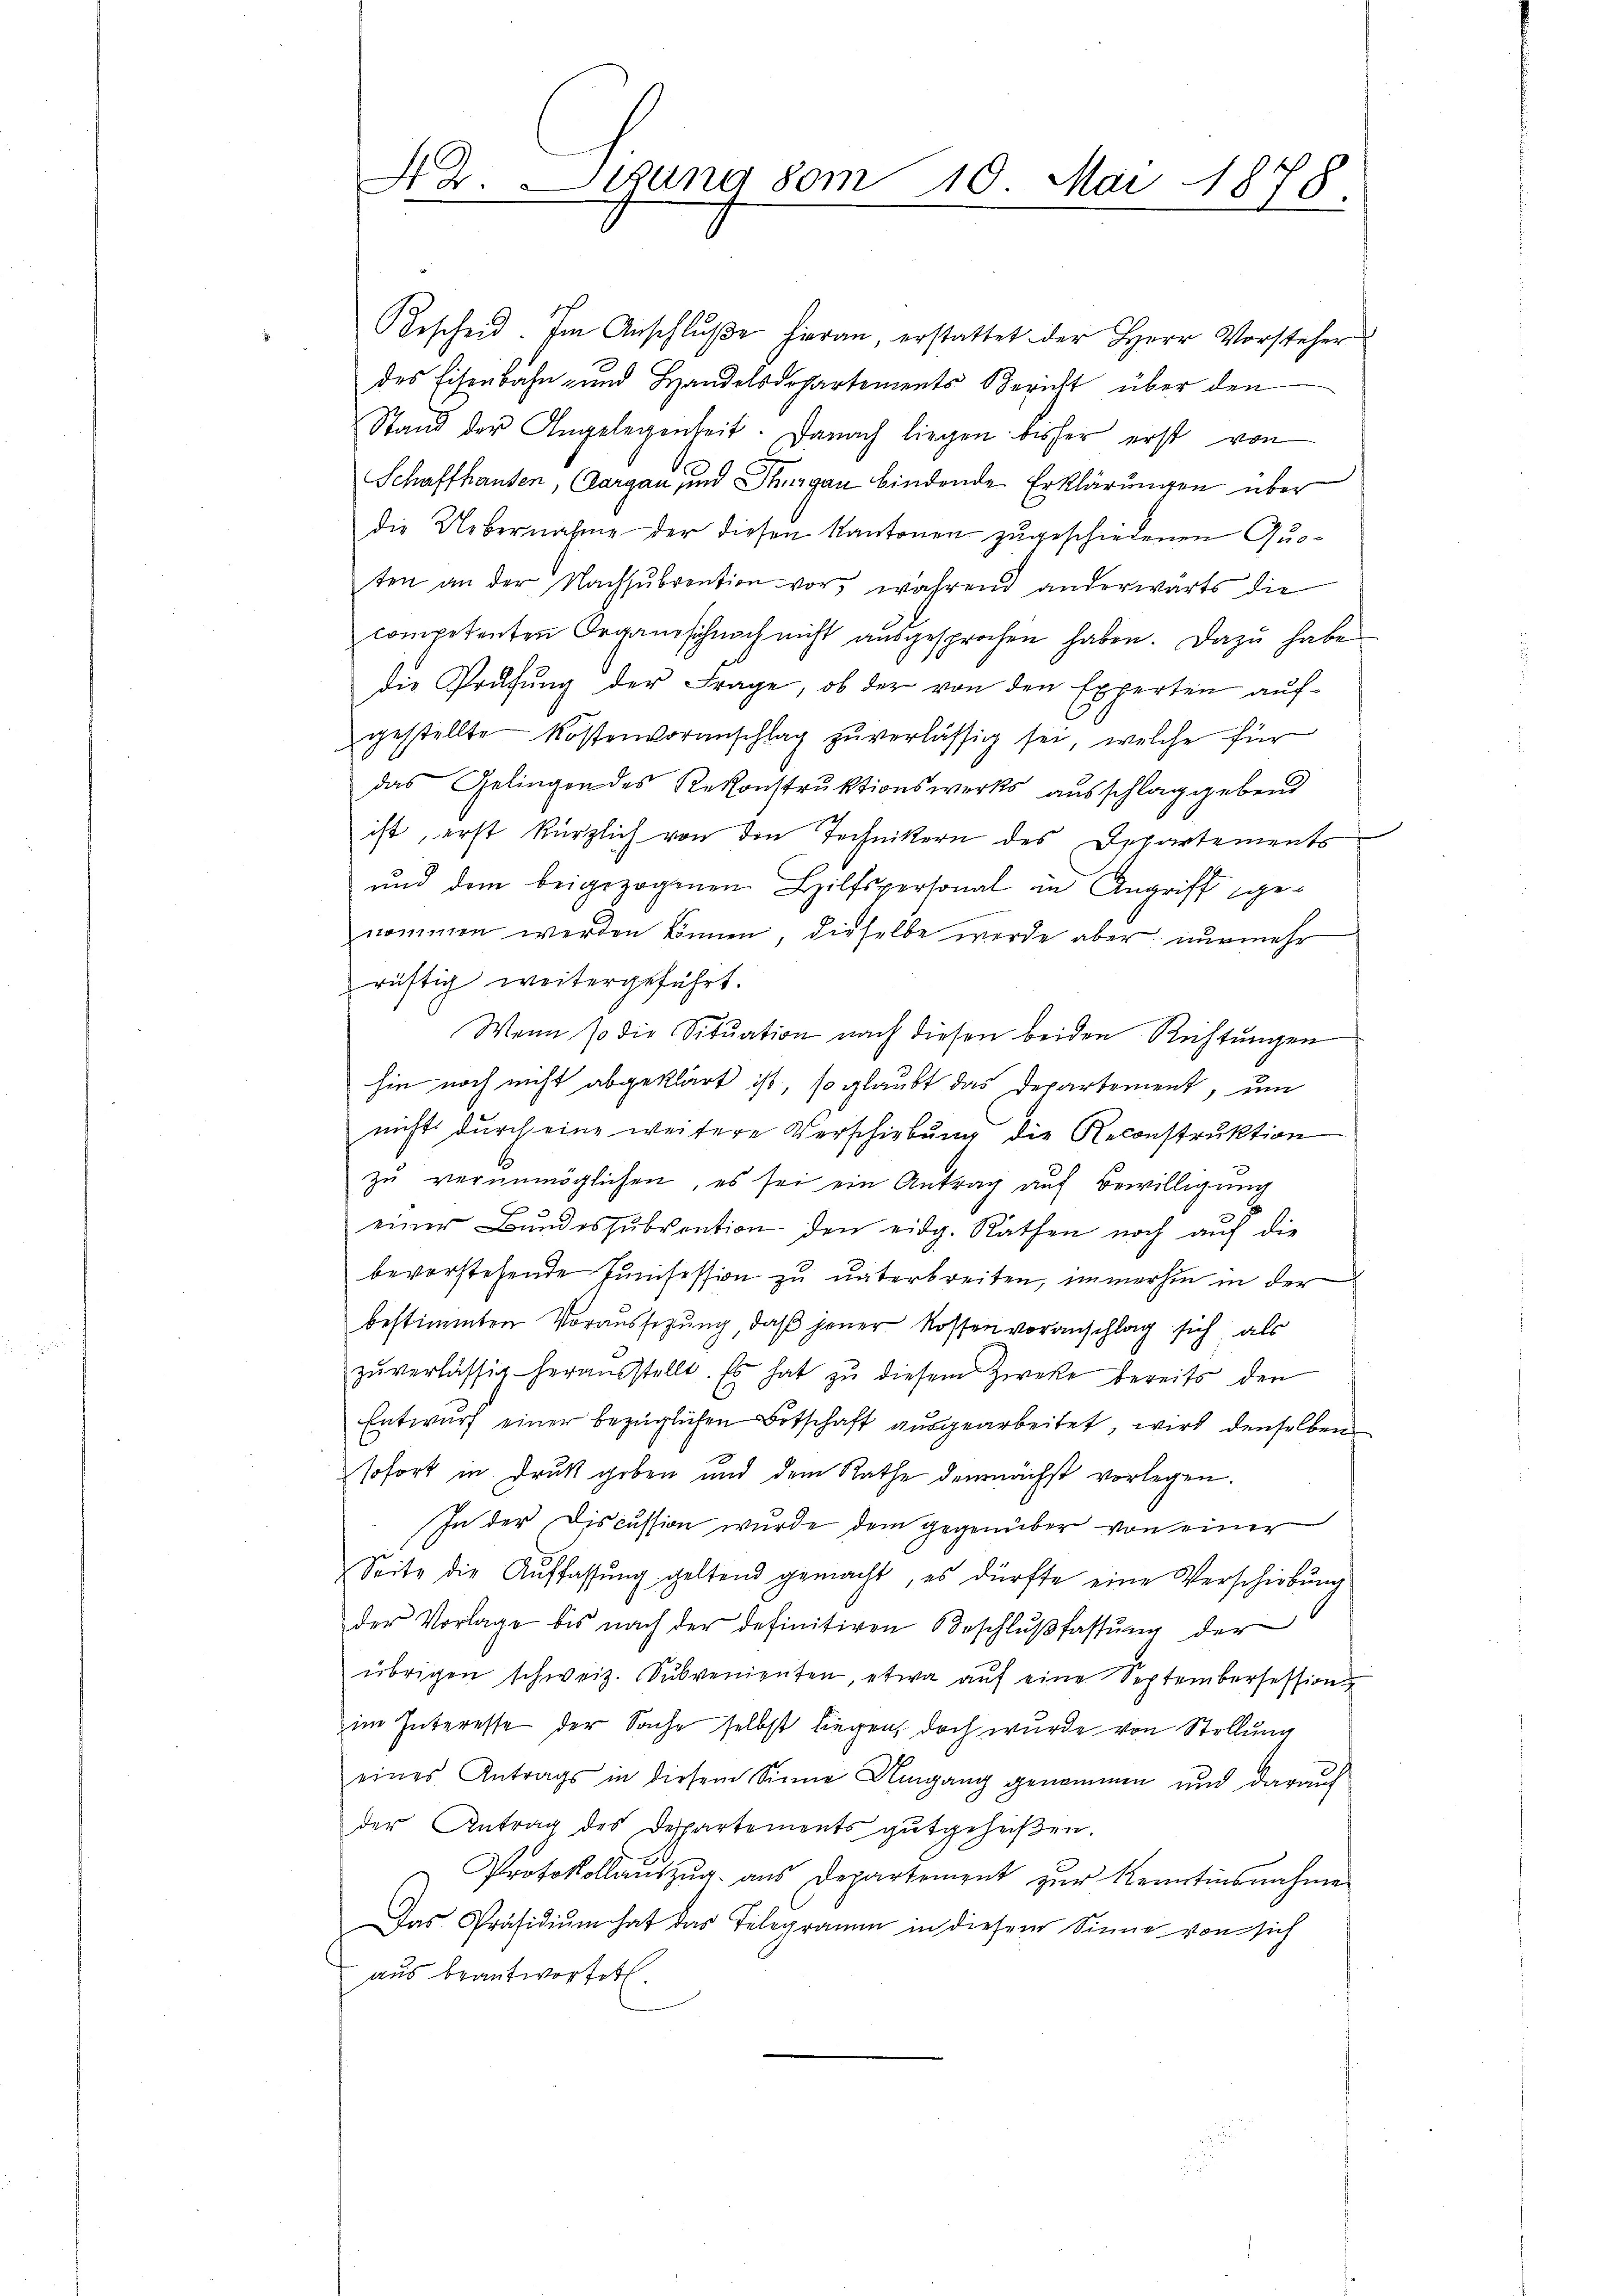
Bescheid. Im Anschlŭβe hieran, erstattet der Herr Vorsteher
des Eisenbahn- und Handelsdepartements Bericht über den
Stand der Angelegenheit. Danach liegen bisher erst von
Schaffhausen, Aargau und Thurgau bindende Erklärungen über
die Uebernahme der diesen Kantonen zugeschiedenen Quoten an der Nachsŭbvention vor, während anderwärts die
competenten Organisch noch nicht aŭsgesprochen haben. Dazu habe
die Prüfŭng der Frage, ob der von den Experten aŭf-
gestellte Kostenvoranschlag zu verlässig sei, welche für
das Gelingen des Rekonstruktionswirks ausschlag gebend
ist, erst kürzlich von den Technikern des Departements
und dem beigezogenen Hilfspersonal in Angriff genommen werden können, dieselbe werde aber nunmehr
rüstig weitergeführt.
Wenn so die Situation nach diesen beiden Richtungen
hin noch nicht abgeklärt ist, so glaubt das Departement, um
nichts durch eine weitere Verschiebung die Reconstruktion
zŭ verunmöglichen, es sei ein Antrag auf Bewilligung
einer Bŭndessŭbvention den eidg. Rathen noch aŭf die
bevorstehende Junisession zu unterbreiten, immerhin in der
bestimmten Voraussezung, daß jener Rossen voranschlag sich als
zŭverlässig heraŭsstellt. Es hat zŭ diesem Zwecke bereits den
Entwurf einer bezüglichen Botschaft ausgearbeitet, wird denselben
sofort in Druk geben und dem Rathe demnächst vorlegen.
In der Discussion wurde dem gegenüber von einer
Seite die Aŭffassŭng geltend gemacht, es dürfte eine Verschiebŭng
der Vorlage bis nach der definitiven Beschlŭβfassŭng der
übrigen schweiz. Sŭbvenienten, etwa aŭf eine Septembersession
im Interesse der Sache selbst liegen, doch wurde von Stellung
eines Antrags in diesem Sinne Umgang genommen und darauf
der Antrag des Departements gutgeheißen.
Protokollaŭszŭg aŭs Departement zŭr Kenntinsnahme
Das Präsidiŭm hat das Telegramm in diesem Sinne von sich
aus beantwortet.

A 2. Dezung vom 10. Mai 1878